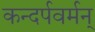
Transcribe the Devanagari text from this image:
कन्दर्पवर्मन्